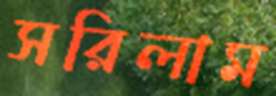
সরিলাম